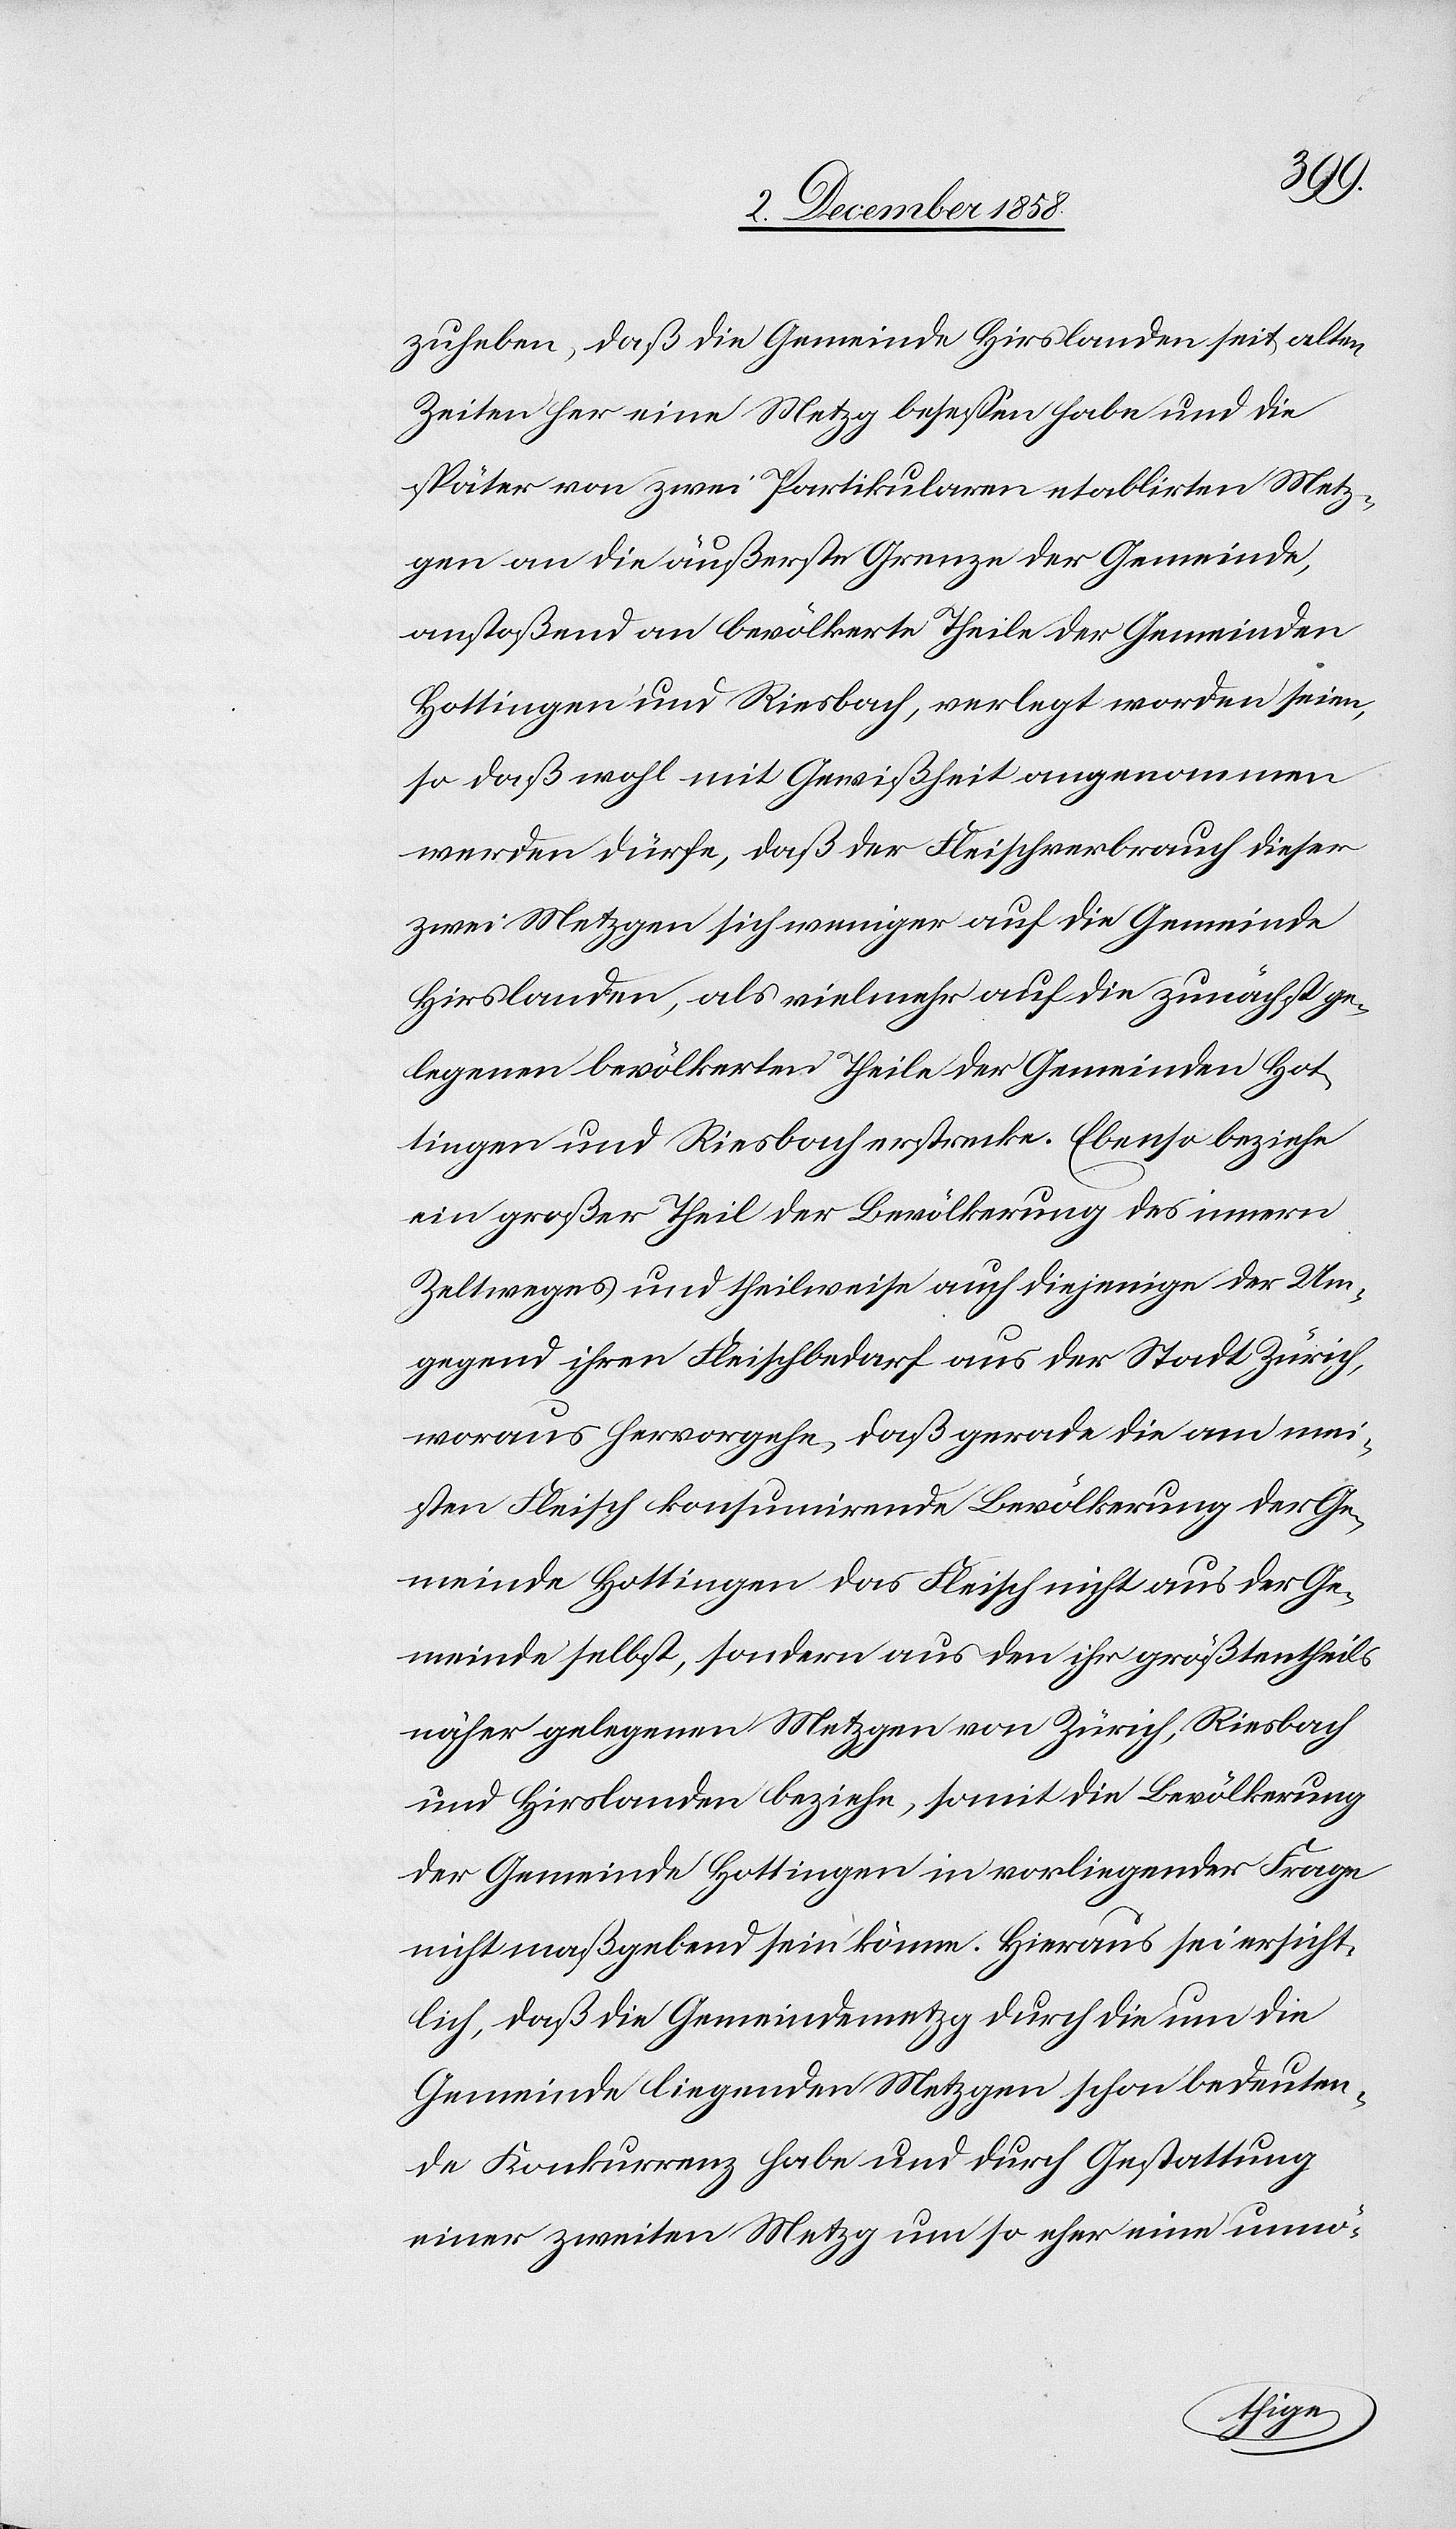
zuheben, daß die Gemeinde Hirslanden seit alten
Zeiten her eine Metzg besessen habe und die
später von zwei Partikularen etablirten Metz¬
gen an die äußerste Grenze der Gemeinde,
anstoßend an bevölkerte Theile der Gemeinden
Hottingen und Riesbach, verlegt worden seien,
so daß wohl mit Gewißheit angenommen
werden dürfe, daß der Fleischverbrauch dieser
zwei Metzgen sich weniger auf die Gemeinde
Hirslanden, als vielmehr auf die zunächst ge¬
legenen bevölkerten Theile der Gemeinden Hot¬
tingen und Riesbach erstrecke. Ebenso beziehe
ein großer Theil der Bevölkerung des innern
Zeltweges und theilweise auch diejenige der Um¬
gegend ihren Fleischbedarf aus der Stadt Zürich,
woraus hervorgehe, daß gerade die am mei¬
sten Fleisch konsumirende Bevölkerung der Ge¬
meinde Hottingen das Fleisch nicht aus der Ge¬
meinde selbst, sondern aus den ihr größtentheils
näher gelegenen Metzgen von Zürich, Riesbach
und Hirslanden beziehe, somit die Bevölkerung
der Gemeinde Hottingen in vorliegender Frage
nicht maßgebend sein könne. Hieraus sei ersicht¬
lich, daß die Gemeindemetzg durch die um die
Gemeinde liegenden Metzgen schon bedeuten¬
de Konkurrenz habe und durch Gestattung
einer zweiten Metzg um so eher eine unnö-